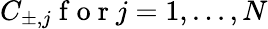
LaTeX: C_{\pm,j}\mathrm{~f~o~r~}j=1,...,N